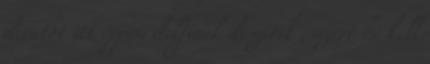
divatot itt éppen delfinek díszítik , azért be kell